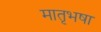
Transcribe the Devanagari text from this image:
मातृभषा